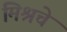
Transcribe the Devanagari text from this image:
मिश्रचे